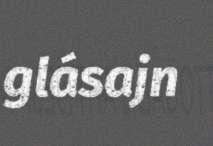
glásajn